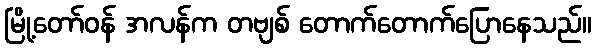
မြို့တော်ဝန် အလန်က တဗျစ် တောက်တောက်ပြောနေသည်။